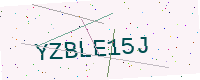
Text: YZBLE15J